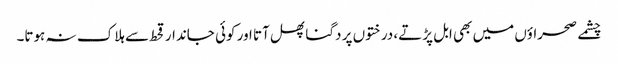
چشمے صحراؤں میں بھی ابل پڑتے، درختوں پر دگنا پھل آتا اور کوئی جاندار قحط سے ہلاک نہ ہوتا۔